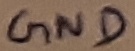
Text: GND